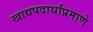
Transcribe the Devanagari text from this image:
खाद्यपदार्थांप्रमाणे